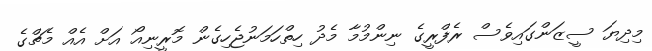
މިދިޔަ ސީޒަންގައިވެސް ރެފްރީގެ ނިންމުމާ މެދު ހިތްހަމަނުޖެހިގެން މޮރީނިއޯ އަށް އެއް މެޗްގެ